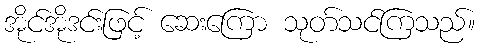
အိုင်အိုဒင်းဖြင့် ဆေးကြော သုတ်သင်ကြသည်။